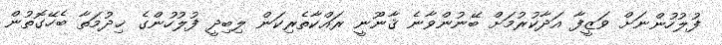
ފުލުހުންނަށް ވަޒީފާ އަދާކުރުމަށް ބޭނުންވާނެ ޤާނޫނީ ރައްކާތެރިކަން ލިބިދީ ފުލުހުންގެ ޚިދުމަތާ ބެހޭގޮތުން